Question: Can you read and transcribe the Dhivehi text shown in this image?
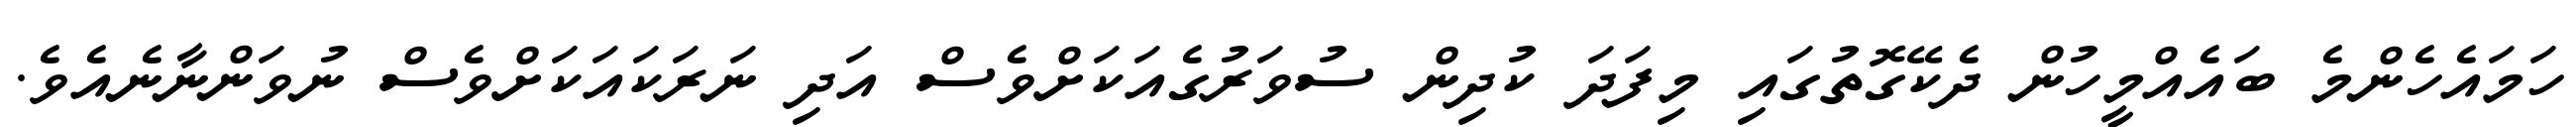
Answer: ހަމައެހެންމެ ބައެއްމީހުން ދެކޭގޮތުގައި މިފަދަ ކުދިން ސުވަރުގެއަކަށްވެސް އަދި ނަރަކައަކަށްވެސް ނުވަންނާނެއެވެ.